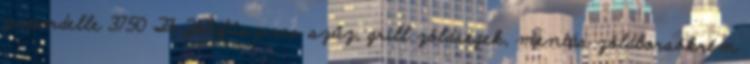
papardelle 3750 Ft Zöldfűszeres szűz, grill zöldségek, mentás zöldborsókrém